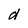
Character: d